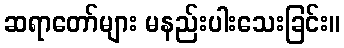
ဆရာတော်များ မနည်းပါးသေးခြင်း။